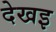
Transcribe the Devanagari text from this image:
देखइ